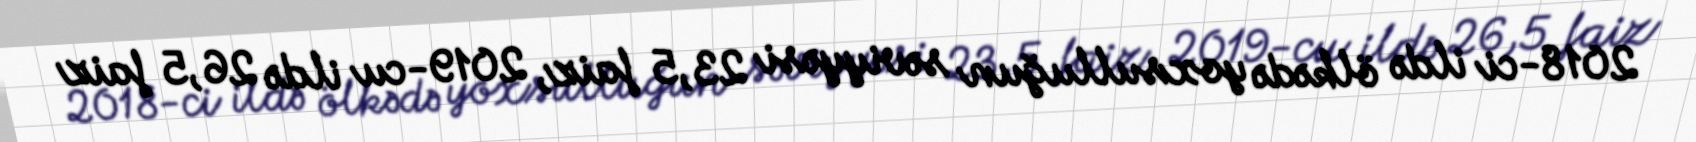
2018-ci ildə ölkədə yoxsulluğun səviyyəsi 23,5 faiz, 2019-cu ildə 26,5 faiz